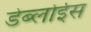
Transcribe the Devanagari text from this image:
डेब्लोईस